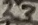
Text: 23